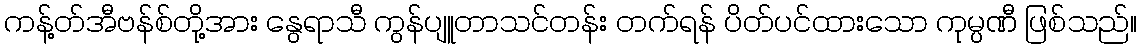
ကန့်တ်အီဗန်စ်တို့အား နွေရာသီ ကွန်ပျူတာသင်တန်း တက်ရန် ပိတ်ပင်ထားသော ကုမ္ပဏီ ဖြစ်သည်။